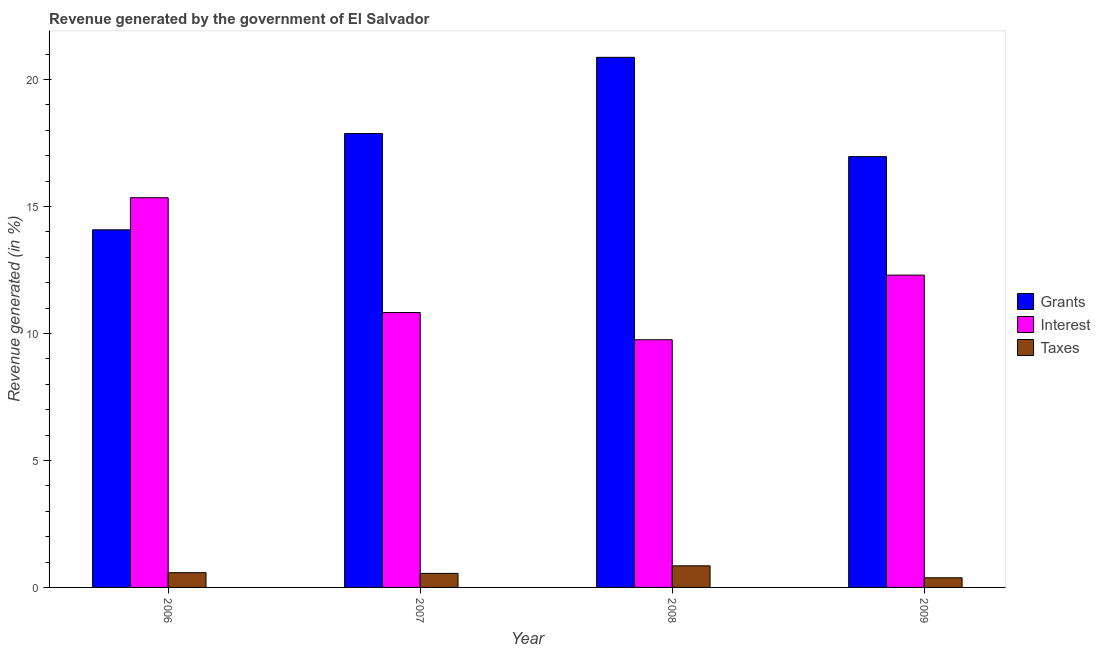
| Year | Grants | Interest | Taxes |
 | --- | --- | --- | --- |
 | 2006 | 14.1 | 15.3 | 0.58 |
 | 2007 | 17.9 | 10.8 | 0.553 |
 | 2008 | 20.9 | 9.75 | 0.85 |
 | 2009 | 17 | 12.3 | 0.38 |